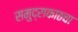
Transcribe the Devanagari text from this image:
समुद्राकाठचा